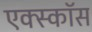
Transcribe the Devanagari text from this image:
एक्स्कॉस